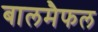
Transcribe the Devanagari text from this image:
बालमैफल